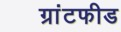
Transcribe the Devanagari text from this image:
ग्रांटफीड